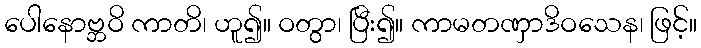
ပေါနောဗ္ဘဝိ ကာတိ၊ ဟူ၍။ ဝတွာ၊ ပြီး၍။ ကာမတဏှာဒိဝသေန၊ ဖြင့်။